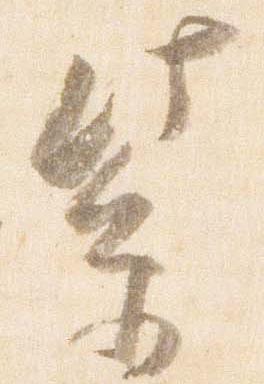
紫